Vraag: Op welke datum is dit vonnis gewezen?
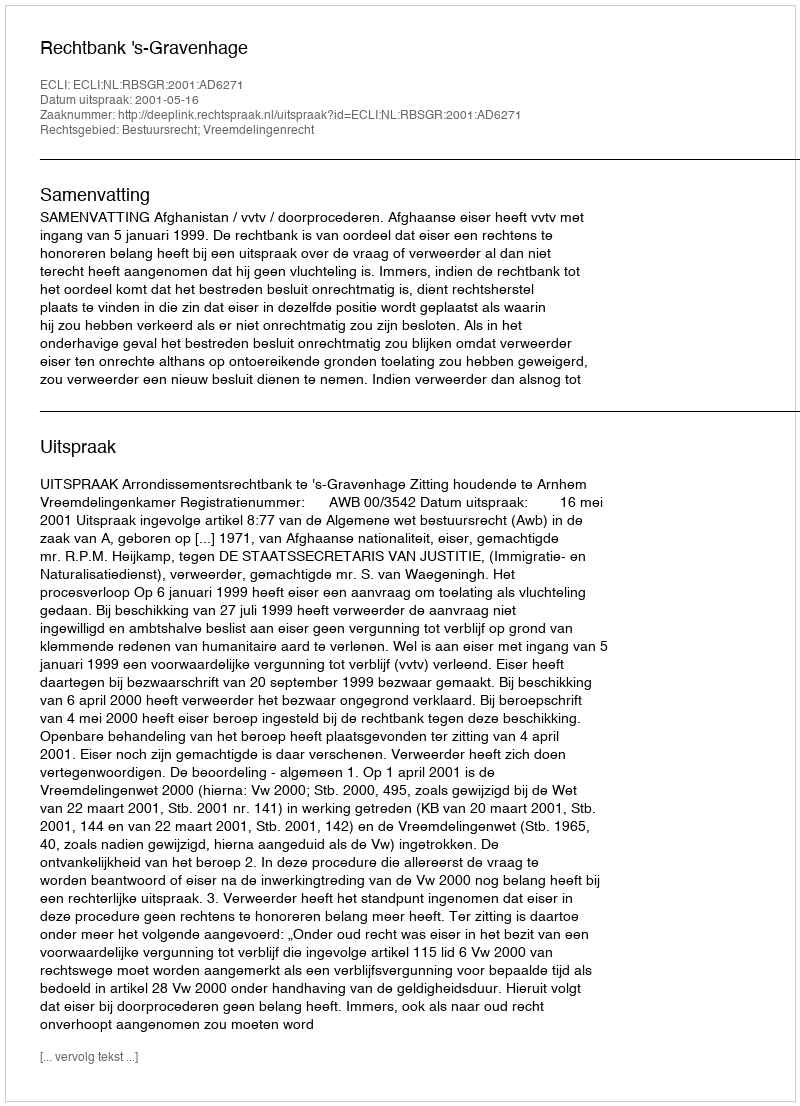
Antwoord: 2001-05-16